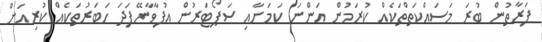
ފަރާތުން ބުރަ މަސައްކަތްތަކެއް ކުރަމުން އަންނަ ކަމަށާއި ސަޕޯޓަރުން އުފާވާނޭފަދަ ހަބަރުތަކެއް ކުރިއަށް